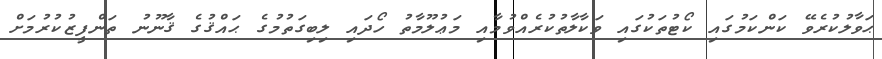
ޙަވާލުކުރެވޭ ކަންކަމުގައި ކޯޓުތަކުގައި ވަކާލާތުކުރެއްވުމާއި މަޢުލޫމާތު ހޯދައި ލިބިގަތުމުގެ ޙައްޤުގެ ޤާނޫނު ތަންފީޒުކުރުމަށް